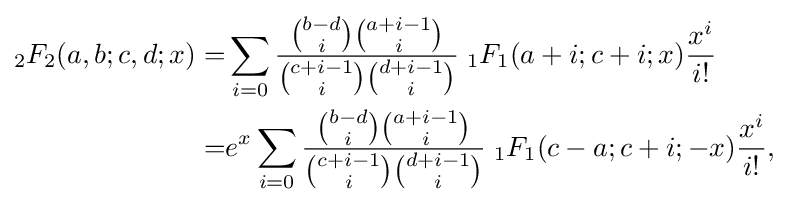
{\begin{aligned}{}_{2}F_{2}(a,b;c,d;x)=&\sum _{i=0}{\frac {{b-d \choose i}{a+i-1 \choose i}}{{c+i-1 \choose i}{d+i-1 \choose i}}}\;{}_{1}F_{1}(a+i;c+i;x){\frac {x^{i}}{i!}}\\=&e^{x}\sum _{i=0}{\frac {{b-d \choose i}{a+i-1 \choose i}}{{c+i-1 \choose i}{d+i-1 \choose i}}}\;{}_{1}F_{1}(c-a;c+i;-x){\frac {x^{i}}{i!}},\end{aligned}}